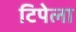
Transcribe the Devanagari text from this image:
टिपेला